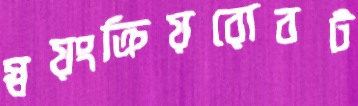
স্বয়ংক্রিয়রোবট